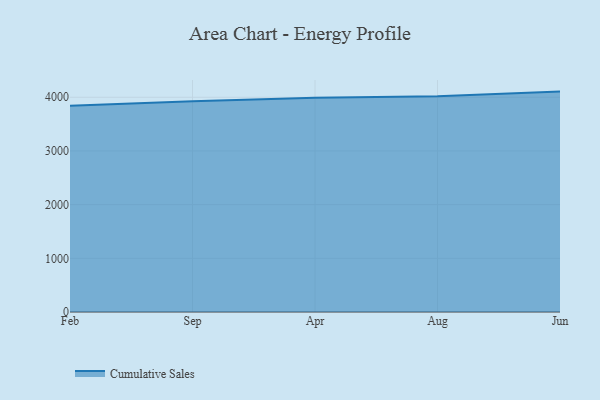
{"axis": {"x": "Month", "y": "Satisfaction Score"}, "legend": ["Cumulative Sales"], "data": [{"x": "Feb", "y": 3839.5, "type": "Cumulative Sales"}, {"x": "Sep", "y": 3926.9, "type": "Cumulative Sales"}, {"x": "Apr", "y": 3990.7, "type": "Cumulative Sales"}, {"x": "Aug", "y": 4019.9, "type": "Cumulative Sales"}, {"x": "Jun", "y": 4105.0, "type": "Cumulative Sales"}]}